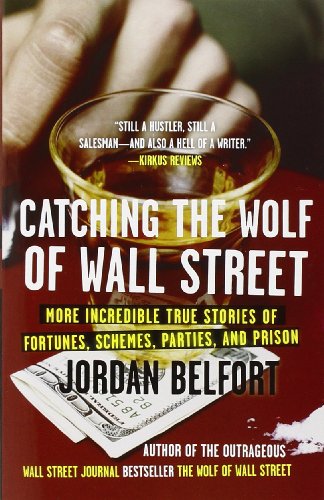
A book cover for Catching the Wolf of Wall Street: More Incredible True Stories of Fortunes, Schemes, Parties, and Prison; Jordan Belfort; Business & Money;